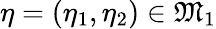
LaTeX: \eta=(\eta_{1},\eta_{2})\in\mathfrak{M}_{1}